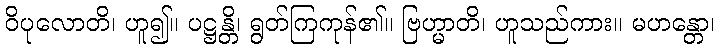
ဝိပုလောတိ၊ ဟူ၍။ ပဋ္ဌန္တိ၊ ရွတ်ကြကုန်၏။ ဗြဟ္မာတိ၊ ဟူသည်ကား။ မဟန္တော၊